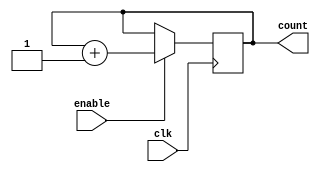
module JohnsonCounterWithEnable (
    input clk,
    input enable,
    output reg [3:0] count
);

always @(posedge clk) begin
    if (enable) begin
        count <= count + 1;
    end
end

endmodule